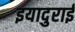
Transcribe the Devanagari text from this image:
इयादुराई